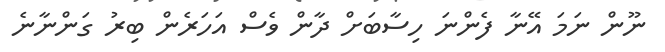
ނޫން ނަމަ އޭނާ ފެންނަ ހިސާބަށް ދާން ވެސް އަހަރެން ބިރު ގަންނާނެ